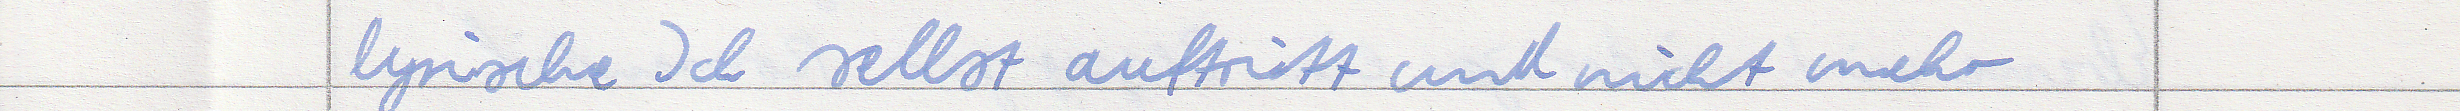
lyrische Ich selbst auftritt und nicht mehr